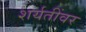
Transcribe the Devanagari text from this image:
शर्यतींवर